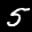
Label: 5